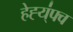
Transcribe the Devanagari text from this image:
हेह्य्॑फ्व